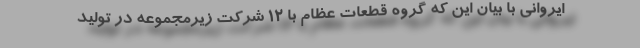
ایروانی با بیان این که گروه قطعات عظام با 12 شرکت زیرمجموعه در تولید